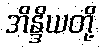
အိန္ဒိယတို့